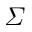
\varSigma